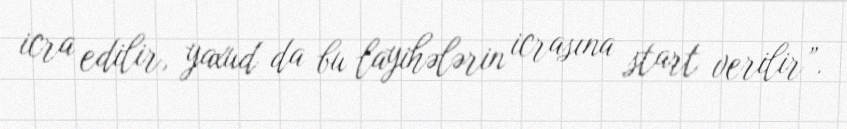
icra edilir, yaxud da bu layihələrin icrasına start verilir”.